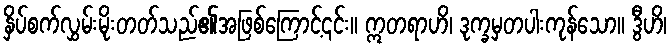
နှိပ်စက်လွှမ်းမိုးတတ်သည်၏အဖြစ်ကြောင့်၎င်း။ ဣတရာဟိ၊ ဒုက္ခမှတပါးကုန်သော။ ဒွီဟိ၊